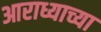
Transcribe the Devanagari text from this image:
आराध्याच्या